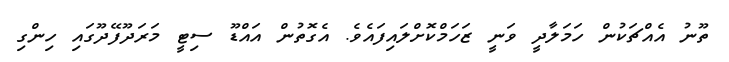
ތޫނު އެއްޗަކުން ހަމަލާދީ ވަނީ ޒަހަމްކޮށްލައިފައެވެ. އެގޮތުން އައްޑޫ ސިޓީ މަރަދޫފޭދޫގައި ހިންގި